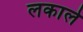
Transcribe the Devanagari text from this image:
लकाले